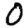
Digit: 0